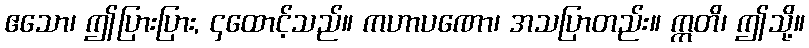
ဧသော၊ ဤပြားပြား, ၄ထောင့်သည်။ ကဟာပဏော၊ အသပြာတည်း။ ဣတိ၊ ဤသို့။